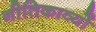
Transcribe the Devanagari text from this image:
नीतिकाव्यों